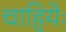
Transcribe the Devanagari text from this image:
चाहियेः